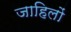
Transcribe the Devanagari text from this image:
जाहिलों